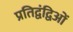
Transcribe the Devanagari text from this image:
प्रतिद्वंद्विओं